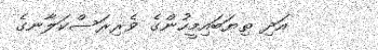
އަދި ތިޔަބައިމީހުންގެ ވެރިރަސްކަލާނގެ